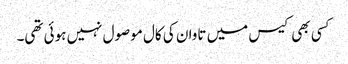
کسی بھی کیس میں تاوان کی کال موصول نہیں ہوئی تھی۔